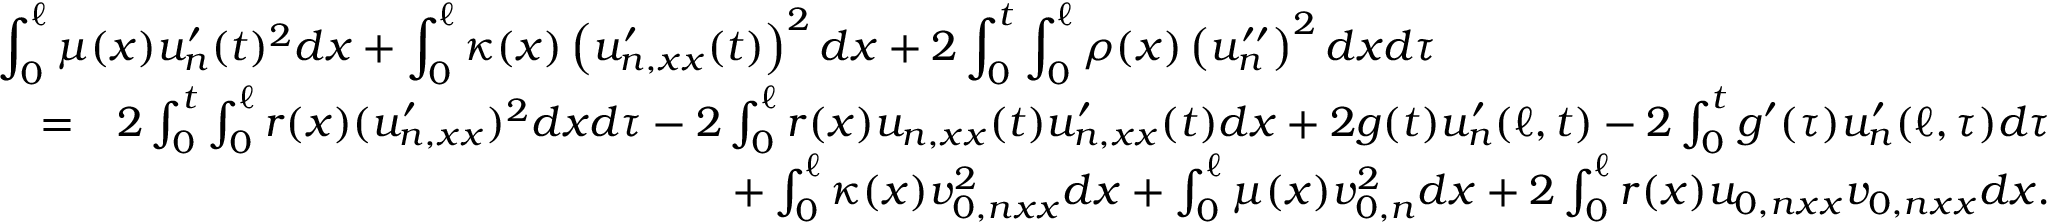
\begin{array} { r l r } { \lefteqn { \int _ { 0 } ^ { \ell } \mu ( x ) u _ { n } ^ { \prime } ( t ) ^ { 2 } d x + \int _ { 0 } ^ { \ell } \kappa ( x ) \left( u _ { n , x x } ^ { \prime } ( t ) \right) ^ { 2 } d x + 2 \int _ { 0 } ^ { t } \int _ { 0 } ^ { \ell } \rho ( x ) \left( u _ { n } ^ { \prime \prime } \right) ^ { 2 } d x d \tau } } \\ & { = } & { 2 \int _ { 0 } ^ { t } \int _ { 0 } ^ { \ell } r ( x ) ( u _ { n , x x } ^ { \prime } ) ^ { 2 } d x d \tau - 2 \int _ { 0 } ^ { \ell } r ( x ) u _ { n , x x } ( t ) u _ { n , x x } ^ { \prime } ( t ) d x + 2 g ( t ) u _ { n } ^ { \prime } ( \ell , t ) - 2 \int _ { 0 } ^ { t } g ^ { \prime } ( \tau ) u _ { n } ^ { \prime } ( \ell , \tau ) d \tau } \\ & { } & { + \int _ { 0 } ^ { \ell } \kappa ( x ) v _ { 0 , n x x } ^ { 2 } d x + \int _ { 0 } ^ { \ell } \mu ( x ) v _ { 0 , n } ^ { 2 } d x + 2 \int _ { 0 } ^ { \ell } r ( x ) u _ { 0 , n x x } v _ { 0 , n x x } d x . } \end{array}